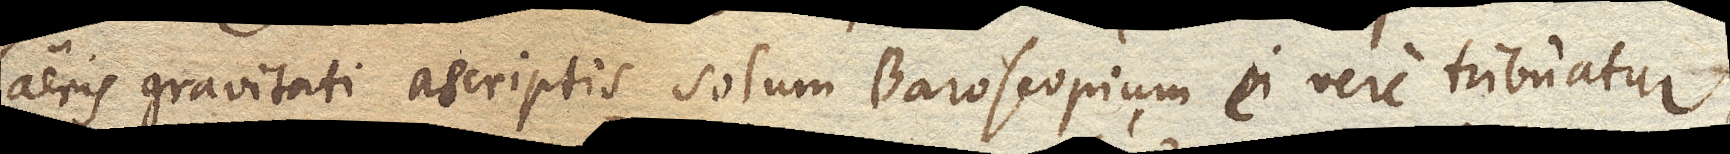
aeris gravitati ascriptis solum Baroscopium ei vere tribuatur,